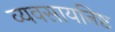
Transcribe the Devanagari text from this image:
व्यवसायनिष्ट